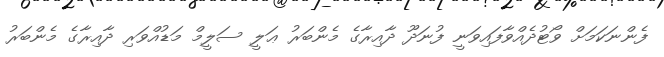
ފެންނަކަމަށް ވޯޓުދެއްވާފައިވަނީ ފުނަދޫ ދާއިރާގެ މެންބަރު ޢަލީ ސަލީމް މަޑުއްވަރި ދާއިރާގެ މެންބަރު